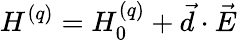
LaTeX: H^{(q)}=H_{0}^{(q)}+\vec{d}\cdot\vec{E}